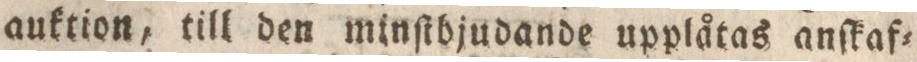
auktion, till den minſtbjudande upplåtas anſkaf=